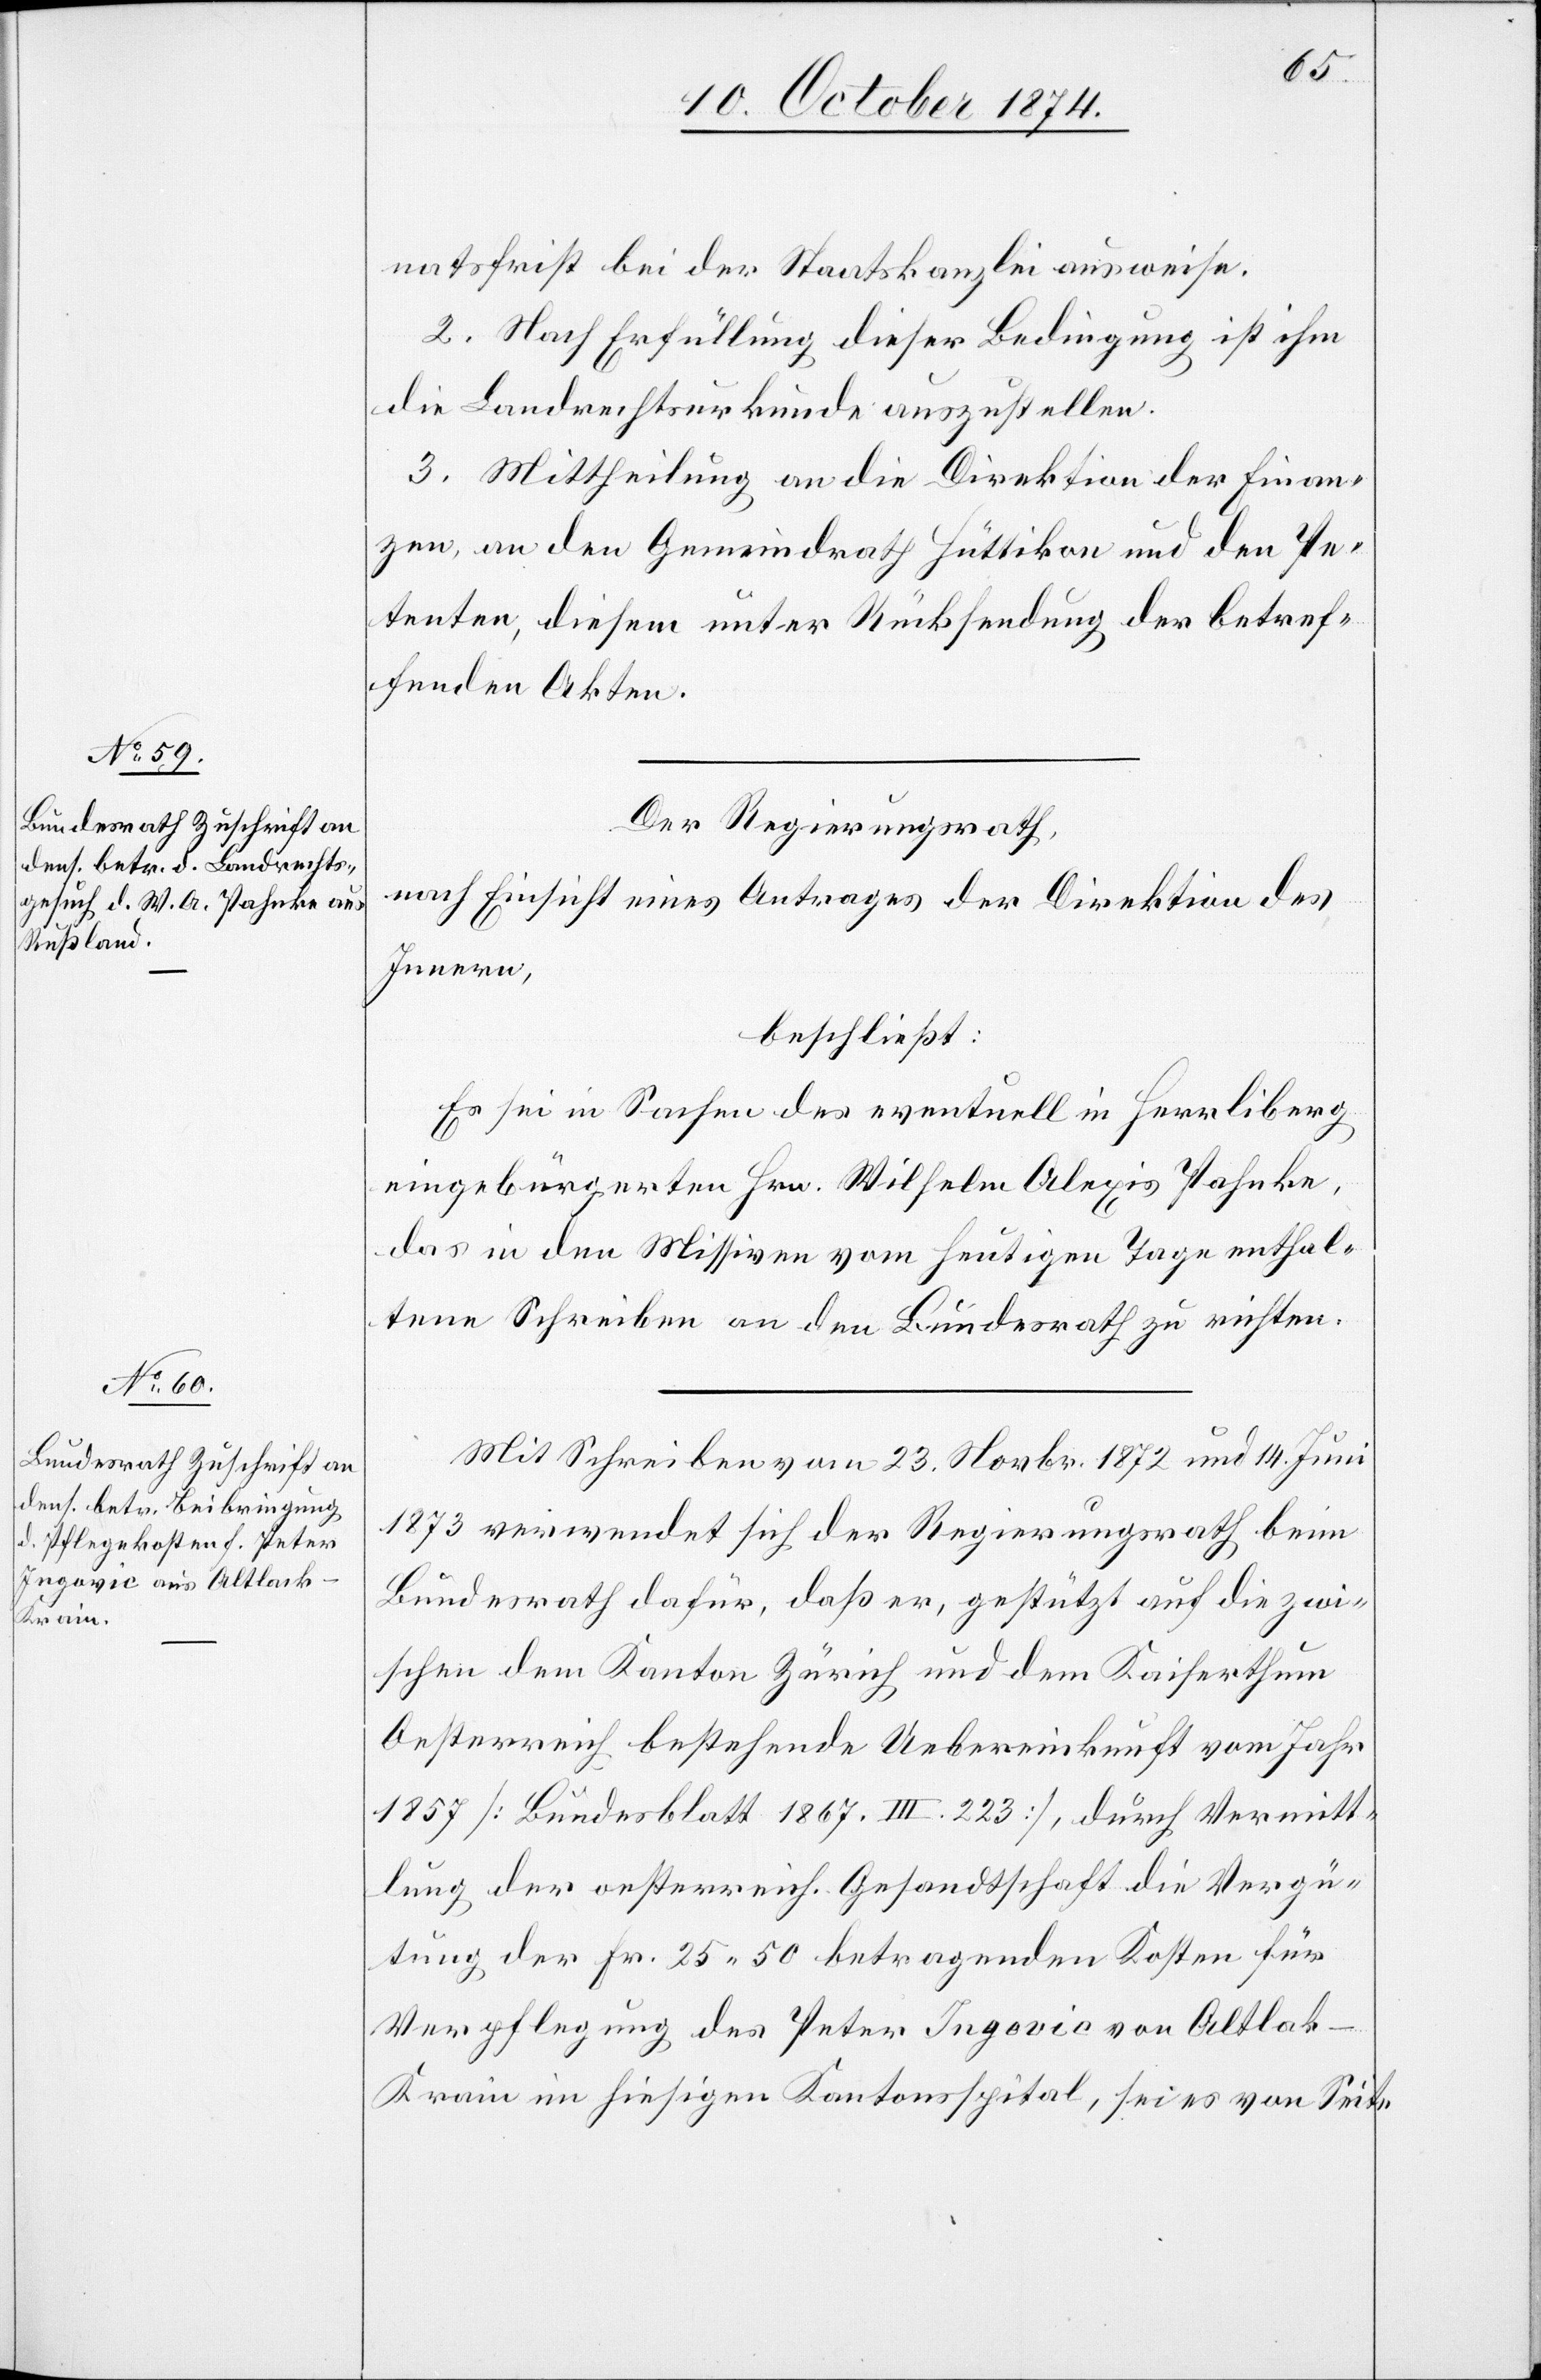
rain

natsfrist bei der Staatskanzlei ausweise.
2. Nach Erfüllung dieser Bedingung ist ihm
die Landrechtsurkunde auszustellen.
3. Mittheilung an die Direktion der Finan¬
zen, an den Gemeindrath Hüttikon und den Pe¬
tenten, diesem unter Rücksendung der betref¬
fenden Akten.
Der Regierungsrath,
nach Einsicht eines Antrages der Direktion des
Innern,
beschließt:
Es sei in Sachen des eventuell in Herrliberg
eingebürgerten Hrn. Wilhelm Alexis Pahnke,
das in den Missiven vom heutigen Tage enthal¬
tene Schreiben an den Bundesrath zu richten.
Mit Schreiben vom 23. Novbr. 1872 und 14. Juni
1873 verwendet sich der Regierungsrath beim
Bundesrath dafür, daß er, gestützt auf die zwi¬
schen dem Kanton Zürich und dem Kaiserthum
Oesterreich bestehende Uebereinkunft vom Jahr
1857 [Bundesblatt 1867 III. 223], durch Vermitt¬
lung der oesterreich. Gesandtschaft die Vergü¬
tung der Fr. 25.50 betragenden Kosten für
Verpflegung des Peter Ingovic von Altlak-K¬
[sic!] im hiesigen Kantonsspital, sei es von Seite